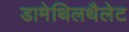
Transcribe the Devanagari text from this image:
डामेथिलथैलेट